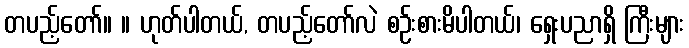
တပည့်တော်။ ။ ဟုတ်ပါတယ်, တပည့်တော်လဲ စဉ်းစားမိပါတယ်၊ ရှေးပညာရှိ ကြီးများ